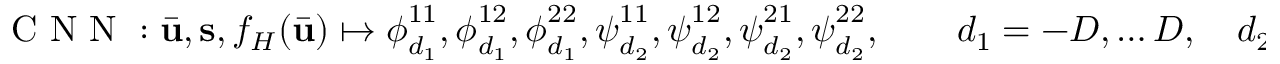
\mathrm { ~ C ~ N ~ N ~ } : \bar { \mathbf { u } } , \mathbf { s } , f _ { H } ( \bar { \mathbf { u } } ) \mapsto \boldsymbol { \phi } _ { d _ { 1 } } ^ { 1 1 } , \boldsymbol { \phi } _ { d _ { 1 } } ^ { 1 2 } , \boldsymbol { \phi } _ { d _ { 1 } } ^ { 2 2 } , \boldsymbol { \psi } _ { d _ { 2 } } ^ { 1 1 } , \boldsymbol { \psi } _ { d _ { 2 } } ^ { 1 2 } , \boldsymbol { \psi } _ { d _ { 2 } } ^ { 2 1 } , \boldsymbol { \psi } _ { d _ { 2 } } ^ { 2 2 } , \qquad d _ { 1 } = - D , \ldots D , \quad d _ { 2 } = 0 , \ldots D .